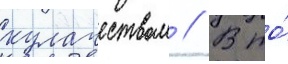
кулачеством // В то́